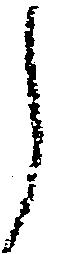
之